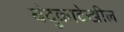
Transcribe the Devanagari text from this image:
बंदुकादेखील